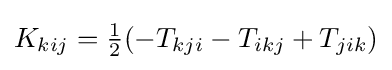
K_{kij}={\tfrac {1}{2}}(-T_{kji}-T_{ikj}+T_{jik})